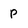
Character: p